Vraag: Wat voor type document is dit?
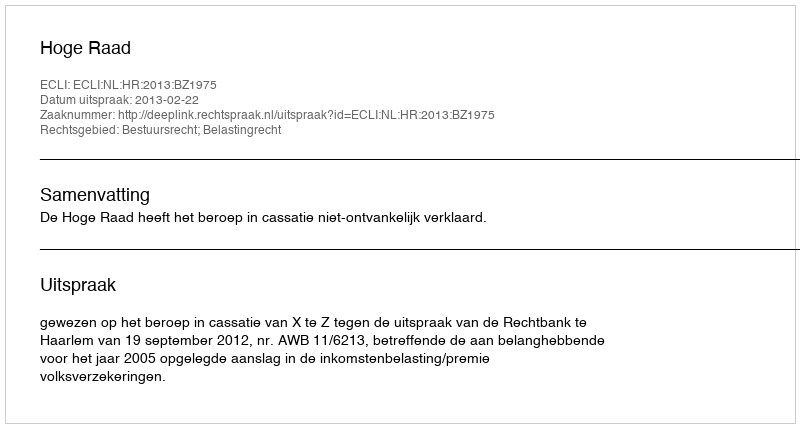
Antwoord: Uitspraak